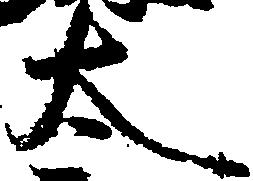
太